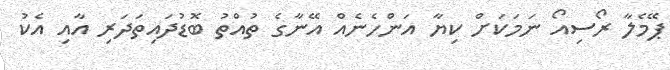
ޕޭމެލާ ރޯސިއޯ ނަމަކަށް ކިޔާ އަންހެނެއް އޭނާގެ ތުއްތު ބޮޑުދައިތަދަރި އާއި އެކު